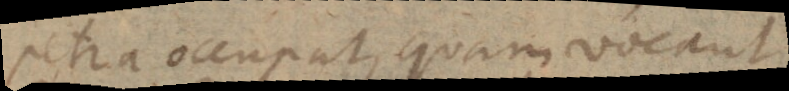
petra occupat, quam vocant